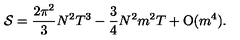
{ \cal S } = \frac { 2 \pi ^ { 2 } } { 3 } N ^ { 2 } T ^ { 3 } - \frac { 3 } { 4 } N ^ { 2 } m ^ { 2 } T + \mathrm { O } ( m ^ { 4 } ) .